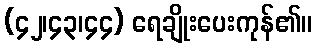
(၄၂၊၄၃၊၄၄) ရေချိုးပေးကုန်၏။